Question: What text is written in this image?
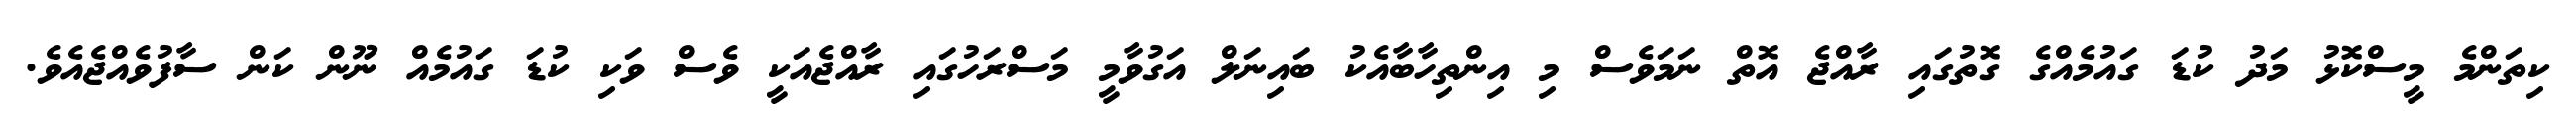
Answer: ކިތަންމެ މީސްކޮޅު މަދު ކުޑަ ގައުމެއްގެ ގޮތުގައި ރާއްޖެ އޮތް ނަމަވެސް މި އިންތިހާބާއެކު ބައިނަލް އަގުވާމީ މަސްރަހުގައި ރާއްޖެއަކީ ވެސް ވަކި ކުޑަ ގައުމެއް ނޫން ކަން ސާފުވެއްޖެއެވެ.